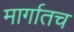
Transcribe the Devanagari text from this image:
मार्गातच